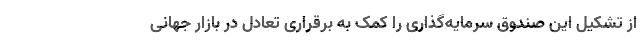
از تشکیل این صندوق سرمایه‌گذاری را کمک به برقراری تعادل در بازار جهانی